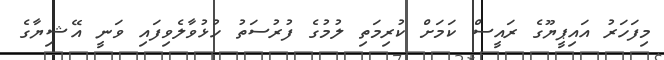
މިފަހަރު އައިޕީޔޫގެ ރައީސް ކަމަށް ކުރިމަތި ލުމުގެ ފުރުސަތު ހުޅުވާލެވިފައި ވަނީ އޭޝިޔާގެ